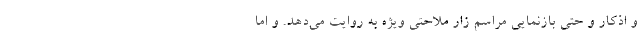
و اذكار و حتي بازنمايي مراسم زار ملاحتي ويژه به روايت مي‌دهد. و اما